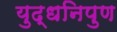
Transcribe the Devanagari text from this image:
युद्धनिपुण